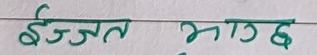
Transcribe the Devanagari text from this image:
इज्जत भाग छ